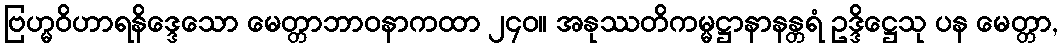
ဗြဟ္မဝိဟာရနိဒ္ဒေသော မေတ္တာဘာဝနာကထာ ၂၄၀။ အနုဿတိကမ္မဋ္ဌာနာနန္တရံ ဥဒ္ဒိဋ္ဌေသု ပန မေတ္တာ,